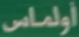
أولماس